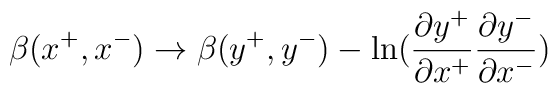
\beta(x^{+}, x^{-}) \rightarrow \beta(y^{+}, y^{-}) -\ln ({\partial y^{+} \over\partial x^{+}} { \partial y^{-} \over \partial x^{-}})